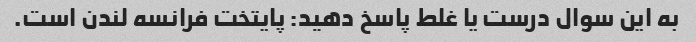
به این سوال درست یا غلط پاسخ دهید: پایتخت فرانسه لندن است.